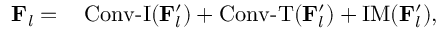
\begin{array} { r l } { \mathbf { F } _ { l } = } & { { } \operatorname { C o n v - I } ( \mathbf { F } _ { l } ^ { \prime } ) + \operatorname { C o n v - T } ( \mathbf { F } _ { l } ^ { \prime } ) + \operatorname { I M } ( \mathbf { F } _ { l } ^ { \prime } ) , } \end{array}